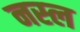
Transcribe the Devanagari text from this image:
नस्‍ल